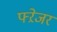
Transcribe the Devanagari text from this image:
फ्ऱेजर